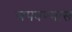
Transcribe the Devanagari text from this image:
लपवण्यास